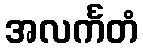
အလင်္ကတံ